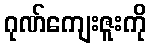
ဂုဏ်ကျေးဇူးကို